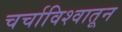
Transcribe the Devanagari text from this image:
चर्चाविश्वातून